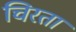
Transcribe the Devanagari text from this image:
चिरता